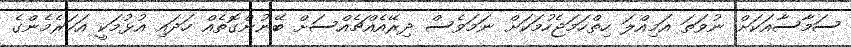
ސަމާސާއަކަށް ނުވަތަ އަމިއްލަ ހިތްހަމަޖެހުމަކަށް ނަމަވެސް ދިރޭއެއްޗެއްސަށް ބޭނުންގޮތެއް ހަދައި އުޅުމަކީ އަހަރެމެންގެ